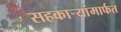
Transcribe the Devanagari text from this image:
सहकार्‍यांमार्फत